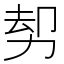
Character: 𠡺